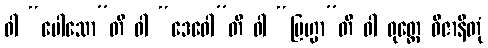
ဝါ “ပေါသော”တိ ဝါ “ဒေဝေါ”တိ ဝါ “ဗြဟ္မာ”တိ ဝါ ဝုတ္တေ ဝိဇာနိတုံ